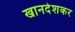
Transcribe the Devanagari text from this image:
खानदेशकर